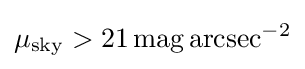
\mu _{\text{sky}}>21\,\mathrm {mag\,arcsec^{-2}}